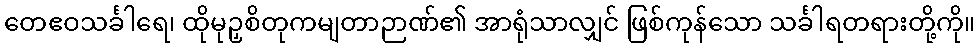
တေဧဝသင်္ခါရေ၊ ထိုမုဉှစိတုကမျတာဉာဏ်၏ အာရုံသာလျှင် ဖြစ်ကုန်သော သင်္ခါရတရားတို့ကို။